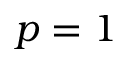
p = 1